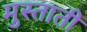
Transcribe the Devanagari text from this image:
मुस्ताती